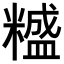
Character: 𥼵